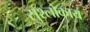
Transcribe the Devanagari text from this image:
सुश्लोकाय